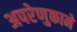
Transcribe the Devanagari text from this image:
अपरेणुकाने